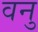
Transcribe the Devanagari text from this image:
वनु